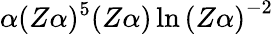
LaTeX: \alpha(Z\alpha)^{5}(Z\alpha)\ln{(Z\alpha)}^{-2}